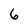
Character: 6